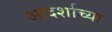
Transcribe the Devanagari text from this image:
आदर्शाच्या